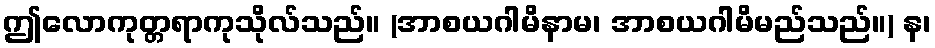
ဤလောကုတ္တရာကုသိုလ်သည်။ (အာစယဂါမိနာမ၊ အာစယဂါမိမည်သည်။) န၊